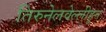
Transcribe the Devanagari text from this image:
तिरुनेलवेल्लीहून